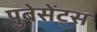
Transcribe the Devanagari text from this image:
पुबेसेंट्स